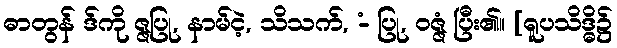
ဓာတွန် ဒ်ကို ဇ္ဇပြု, နာမ်ငဲ့, သိသက်, -ံ ပြု, ဝဇ္ဇံ ပြီး၏။ [ရူပသိဒ္ဓိ၌